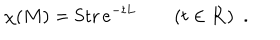
LaTeX: \chi ( M ) = \mathrm { S t r } \, e ^ { - t L } \qquad ( t \in { \bf R } ) \ \ .